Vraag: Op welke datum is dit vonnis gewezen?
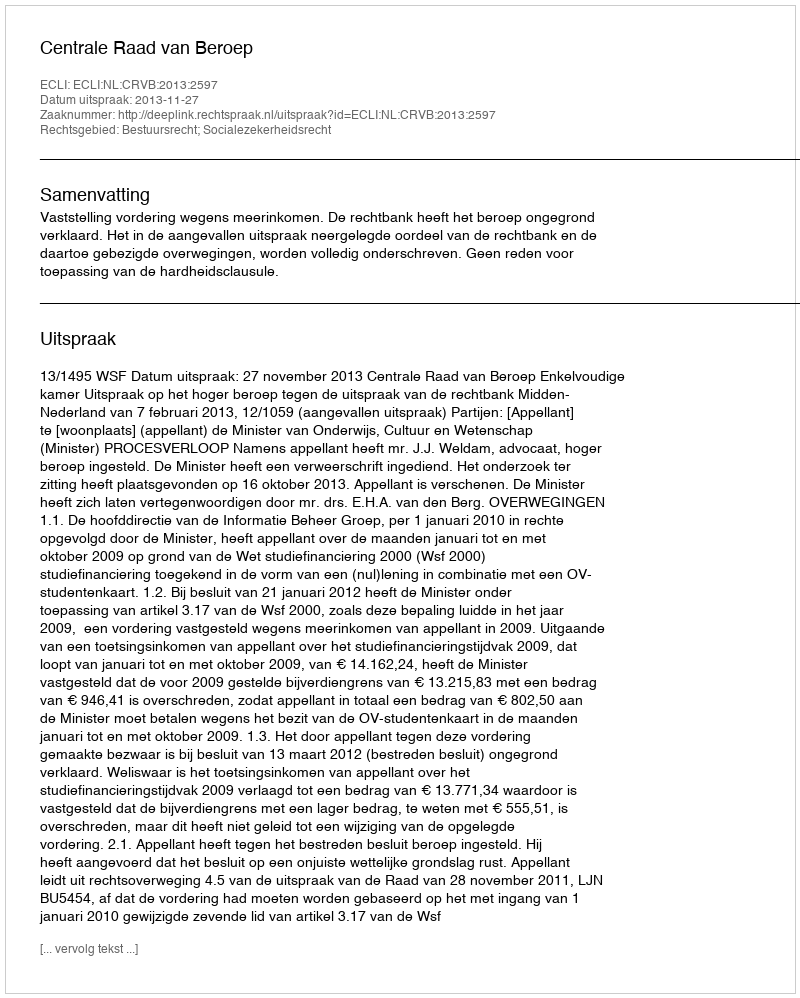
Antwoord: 2013-11-27